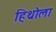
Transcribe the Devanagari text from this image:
हिथ्रोला